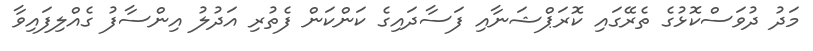
މަދު ދުވަސްކޮޅުގެ ތެރޭގައި ކޮރަޕްޝަނާއި ފަސާދައިގެ ކަންކަން ފެތުރި އަދުލު އިންސާފު ގެއްލިފައިވާ